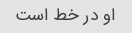
او در خط است